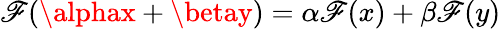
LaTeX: \mathscr{F}(\alphax+\betay)=\alpha\mathscr{F}(x)+\beta\mathscr{F}(y)